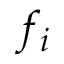
f _ { i }